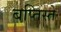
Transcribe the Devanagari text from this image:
बप्तिस्ते